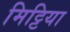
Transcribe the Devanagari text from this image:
मिट्टिया